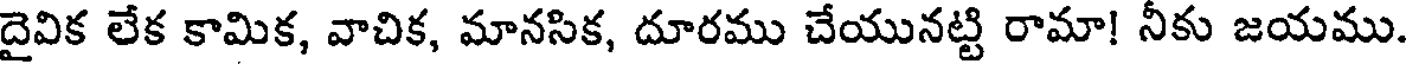
దైవిక లేక కామిక, వాచిక, మానసిక, దూరము చేయునట్టి రామా! నీకు జయము.